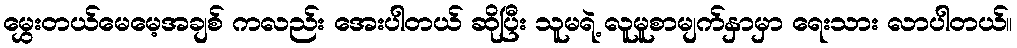
မွှေးတယ်မေမေ့အချစ် ကလည်း အေးပါတယ် ဆိုပြီး သူမရဲ့ လူမူစာမျက်နှာမှာ ရေးသား လာပါတယ်။